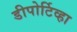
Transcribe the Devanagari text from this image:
डीपोर्टिव्हा